Cholera in southern India
Disease focus: Cholera
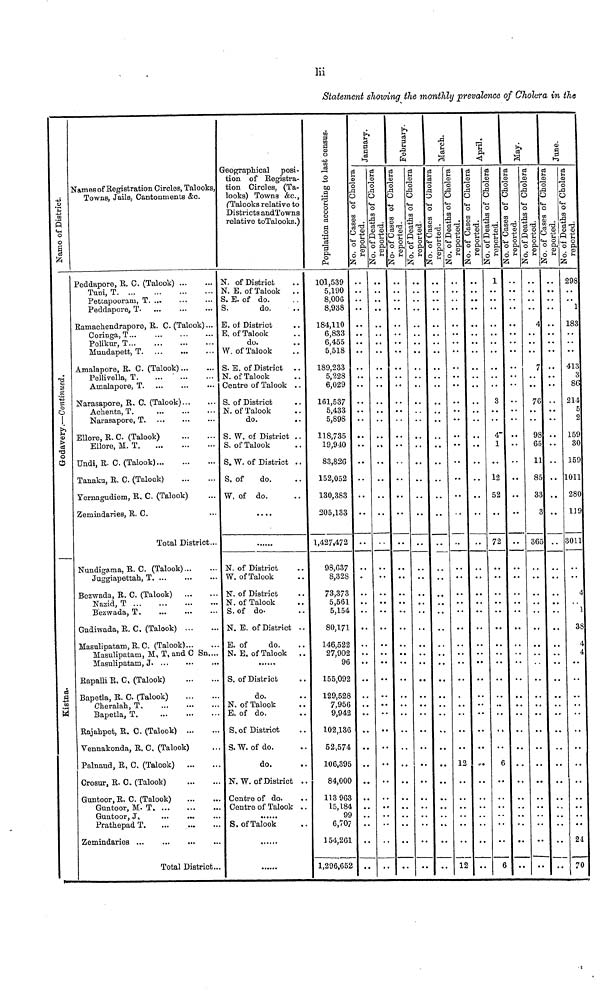
lii
Statement sliowing the monthly prevalence of Cholera in the
Names of District
Godavary.—Continued
Kistna.
Names of Registration Circles, Talooks,
Towns, Jails, Cantonments &c.
Peddapore, R. C. (Talook) ... ...
Tuni,
T.
...
...
...
...
Pettapooram, T. ... ... ...
Peddapore, T.
...
...
...
Ramachendrapore, R. C. (Talook)...
Coringa, T ...
...
...
...
Polikur,
T...
...
...
...
Mundapett,
T. ... ... ...
Amalapore, R. C. (Talook) ... ...
Pellivella, T.
...
...
...
Amalapore, T. ... ... ...
Narasapore, R. C. (Talook)... ...
Achenta, T. ... ... ...
Narasapore, T. ... ... ...
Ellore, R. C. (Talook)
...
...
Ellore, M.
T.
...
...
...
Undi, R. C.
(Talook)...
...
...
Tanaku, R. C.
(Talook)...
...
Yernagudiem, R. C. (Talook) ...
Zemindaries, R. C. ...
Total District...
Nundigama, R. C.
(Talook)... ...
Juggiapettah, T. ... ... ...
Bezwada, R. C.
(Talook)...
...
Nazid, T
...
...
...
...
Bezwada,
T.
...
...
...
Gudiwada, R. C.
(Talook)... ....
Masulipatam, R. C.
(Talook)... ...
Masulipatam, M. T. and C Sn....
Masulipatam, J. ... ... ...
Rapalli R. C. (Talook)
...
...
Bapetla, R.C. (Talook)
...
...
Cheralah.
T.
...
...
...
Bapetla, T.
...
...
...
Rajahpet, R. C. (Talook) ... ...
Vennakonda, R. C. (Talook) ...
Palnaud, R. C. (Talook)
...
...
Crosur, R. C. (Talook) ... ...
Guntoor, R. C. (Talook)
...
...
Guntoor, M. T. ... ... ...
Guntoor, J. ... ... ...
Prathepad T.
...
...
...
Zemindaries ... ... ... ...
Total District..
Geographical posi-
tion of Registra-
tion Circles, (Ta-
looks) Towns &c,
(Talooks relative to
Districts and Towns
relative to Talooks.)
N. of District ..
N. E. of Talook
..
S. E. of do. ..
S.
do. ..
E. of District ..
E. of Talook ..
do. ..
W. of Talook ..
S. E. of District ..
N. of Talook ..
Centre of Talook ..
S. of District ..
N. of Talook ..
do. ..
S. W. of District ..
S. of Talook ..
S. W. of District ..
S. of
do. ..
W. of do. ..
....
N. of District ..
W. of Talook ..
N. of District ..
N. of Talook ..
S. of do. ..
N. E. of District ..
E. of
do. ..
N. E. of Talook
..
S. of District ..
do. ..
N. of Talook ..
E. of do. ..
S. of District ..
S. W. of do. ..
do. ..
N. W. of District ..
Centre of do. ..
Centre of Talook ..
S. of Talook ..
Population according to last census.
101,539
5,190
8,006
8,938
184,110
6,833
6,455
5,518
189,233
5,228
6,029
161,537
5,433
5,898
118,735
19,940
83,826
152,052
130,383
205,133
1,427,472
98,637
8,328
73,373
5,561
5,154
80,171
146,522
27,902
96
155,092
129,528
7,956
9,942
102,136
52,574
106,395
84,000
113 963
15,184
99
6,707
154,261
1,296,652
January.
No. of Cases of Cholera
reported.
No. of Deaths of Cholera
reported.
..
..
..
..
..
..
..
..
..
..
..
..
..
..
..
..
..
..
..
..
..
..
..
..
..
..
..
..
..
..
..
..
..
..
..
..
..
..
..
..
..
..
..
..
..
..
..
..
..
..
..
..
..
..
..
..
..
..
..
..
..
..
..
..
..
..
..
..
..
..
..
..
..
..
..
..
..
..
..
..
..
..
..
..
..
..
..
..
February.
No.
of Cases of Cholera
reported.
No. of Deaths of Cholera
reported-
..
..
..
..
..
..
..
..
..
..
..
..
..
..
..
..
..
..
..
..
..
..
..
..
..
..
..
..
..
..
..
..
..
..
..
..
..
..
..
..
..
..
..
..
..
..
..
..
..
..
..
..
..
..
..
..
..
..
..
..
..
..
..
..
..
..
..
..
..
..
..
..
..
..
..
..
..
..
..
..
..
..
..
..
..
..
..
..
March.
No. of Cases of Cholera
reported.
No. of Deaths of Cholera
reported.
..
..
..
..
..
..
..
..
..
..
..
..
..
..
..
..
..
..
..
..
..
..
..
..
..
..
..
..
..
..
..
..
..
..
..
..
..
..
..
..
..
..
..
..
..
..
..
..
..
..
..
..
..
..
..
..
..
..
..
..
..
..
..
..
..
..
..
..
..
..
..
..
..
..
..
..
..
..
..
..
12
..
..
..
..
..
..
..
April.
No. of Cases of Cholera
reported.
..
..
..
..
..
..
..
..
..
..
..
..
..
..
..
..
1
..
..
..
..
..
..
..
..
..
..
..
..
..
..
..
..
..
..
..
..
..
..
..
..
..
..
..
No. of Deaths of Cholera
reported.
1
..
..
..
..
..
..
..
..
..
..
3
..
..
4
1
..
12
52
72
..
..
..
..
..
..
..
..
..
..
..
..
..
..
..
6
..
..
..
..
..
..
..
May.
No. of Cases of Cholera
reported.
No. of Deaths of Cholera
reported.
..
..
..
..
..
..
..
..
..
..
..
..
..
..
..
..
..
..
..
..
..
..
..
..
..
..
..
..
..
..
..
..
..
..
..
..
..
..
..
..
..
..
..
..
..
..
..
..
4
..
..
..
7
..
..
76
..
..
..
.. 65
11
85
33
..
365
..
..
..
..
..
...
..
..
..
..
..
..
..
..
..
..
..
..
..
..
..
..
..
June.
No. of Cases of Cholera
reported.
No. of Deaths of Cholera
reported.
..
..
..
..
..
..
..
..
..
..
..
..
..
..
..
..
..
..
..
..3
..
..
..
..
..
..
..
..
..
..
..
..
..
..
..
..
..
..
..
..
..
..
..
..
298
..
..
..
183
..
..
..
413
86
214
..
..
159
30
159
1011
280
119
3011
..
..
4
..
1
38
4
4
..
..
..
..
..
..
..
..
..
..
..
..
..
24
70